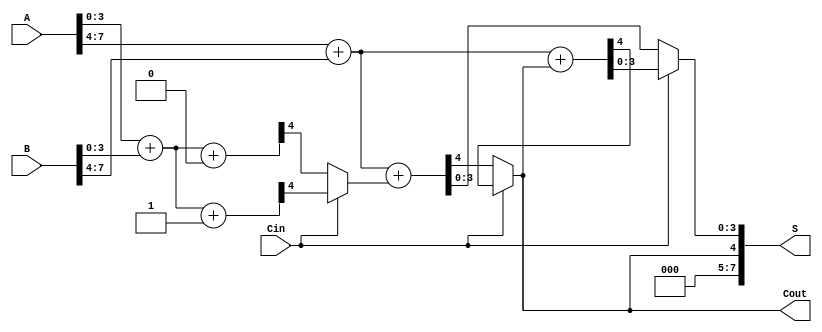
module CCSLA (
    input [7:0] A,      // 8-bit input A
    input [7:0] B,      // 8-bit input B
    input Cin,          // Carry-in
    output [7:0] S,     // 8-bit sum output
    output Cout         // Carry-out
);

    wire [3:0] S0_0, S1_0, S0_1, S1_1; // Partial sums for each block
    wire C0_0, C1_0, C0_1, C1_1;       // Carry outputs for each block
    wire carry_out_0, carry_out_1;     // Carry outputs for the multiplexer

    // Block 0 (Least Significant Block)
    assign {C0_0, S0_0} = A[3:0] + B[3:0] + 1'b0; // Sum with Cin = 0
    assign {C1_0, S1_0} = A[3:0] + B[3:0] + 1'b1; // Sum with Cin = 1

    // Block 1 (Most Significant Block)
    assign {C0_1, S0_1} = A[7:4] + B[7:4] + carry_out_0; // Sum with carry from Block 0
    assign {C1_1, S1_1} = A[7:4] + B[7:4] + carry_out_1; // Sum with carry from Block 1

    // Carry selection logic
    assign carry_out_0 = Cin ? C1_0 : C0_0; // Select carry out for Block 0
    assign carry_out_1 = Cin ? C1_1 : C0_1; // Select carry out for Block 1

    // Final sum selection
    assign S = {carry_out_1, (Cin ? S1_1 : S0_1)}; // Select sum for Block 1
    assign Cout = carry_out_1; // Final carry out

endmodule